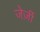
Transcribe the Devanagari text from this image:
जेर्ज़ी